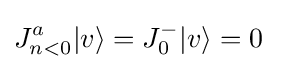
J_{n<0}^{a}|v\rangle =J_{0}^{-}|v\rangle =0\